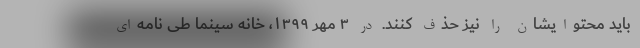
باید محتوایشان را نیز حذف کنند. در ۳ مهر ۱۳۹۹، خانه سینما طی نامه‌ای